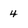
Character: 4